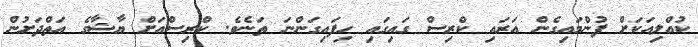
ކުއްލިއަކަށް ފުންމައިގެން އަރައި ކްރިސް ގައިގައި ހިފައިގަންނަ ތަނެވެ. ކްރިސްއަށް ޔާޝާގެ އަތްދަށުން